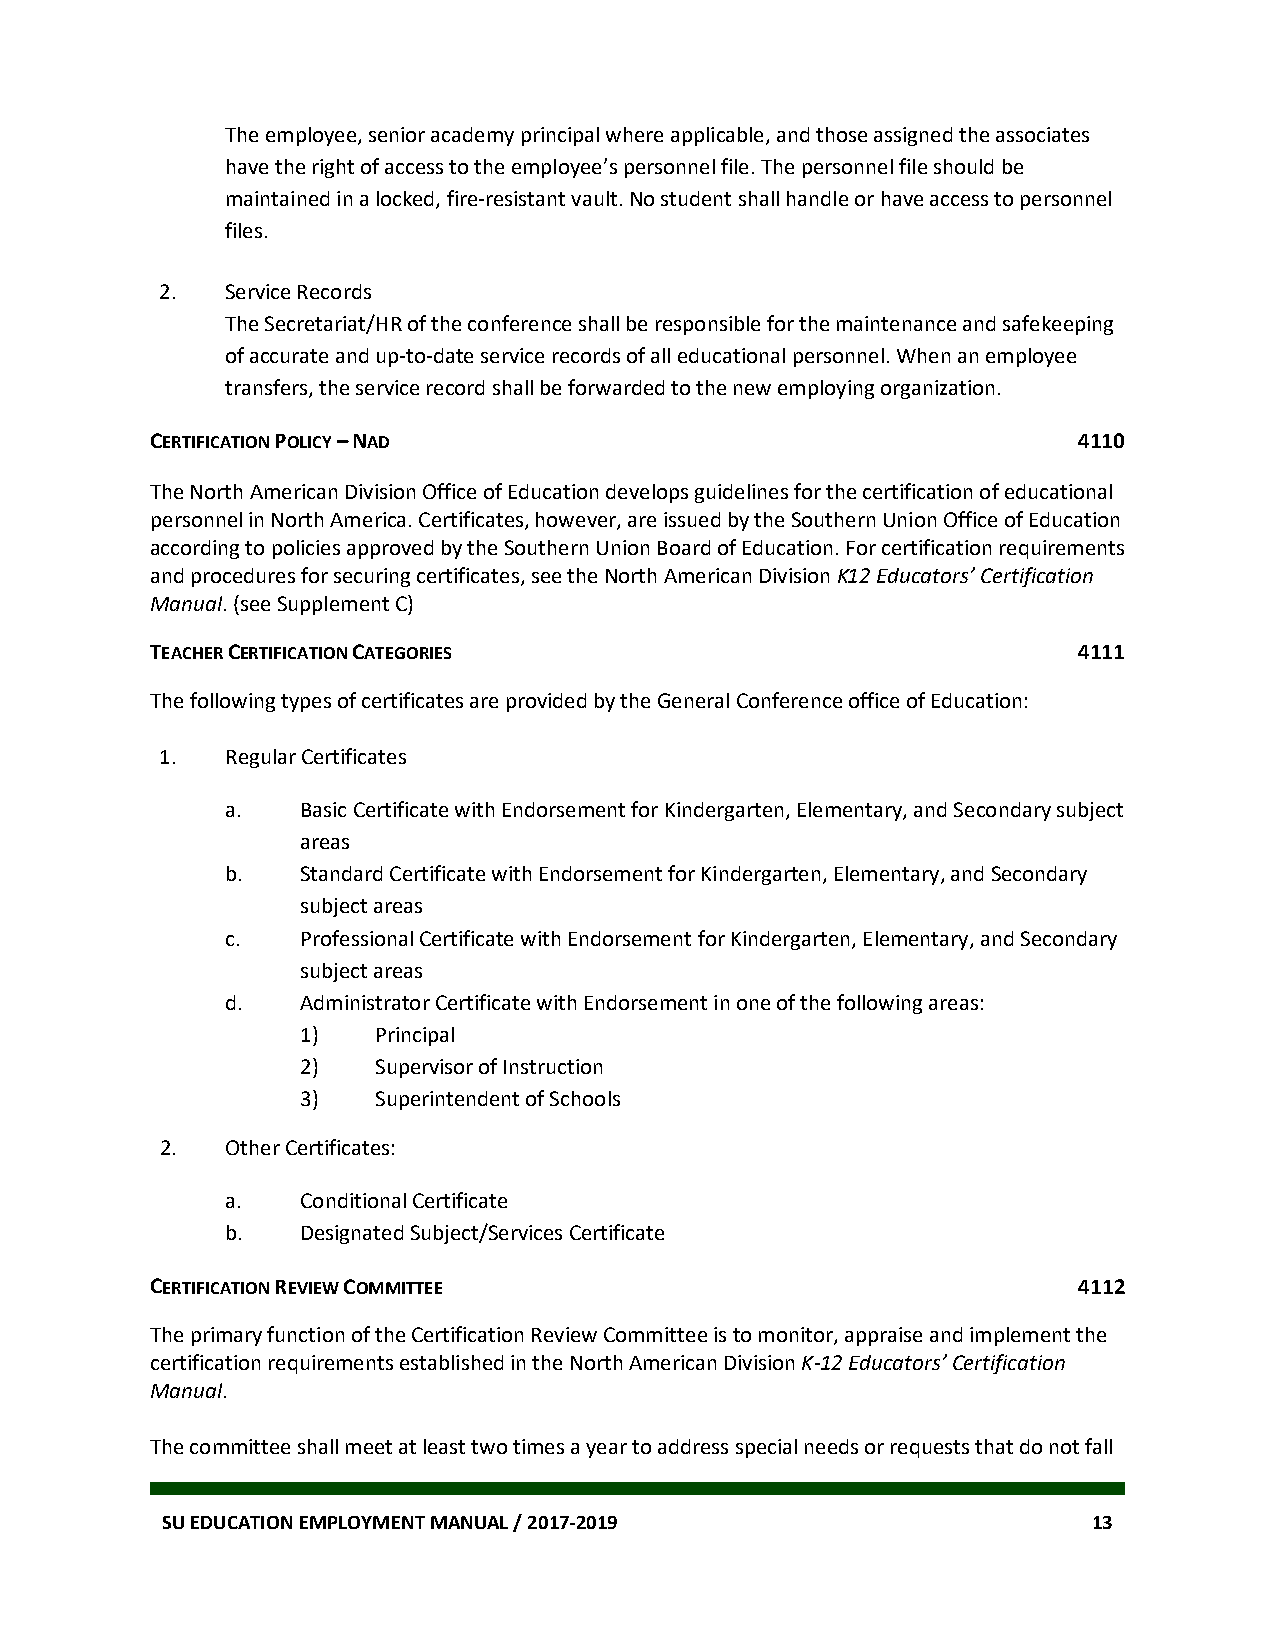
The employee, senior academy principal where applicable, and those assigned the associates
 have the right of access to the employee’s personnel file. The personnel file should be
 maintained in a locked, fire-resistant vault. No student shall handle or have access to personnel
 files.
 2.  Service Records
 The Secretariat/HR of the conference shall be responsible for the maintenance and safekeeping
 of accurate and up-to-date service records of all educational personnel. When an employee
 transfers, the service record shall be forwarded to the new employing organization.
 CERTIFICATION POLICY – NAD                                   4110
 The North American Division Office of Education develops guidelines for the certification of educational
 personnel in North America. Certificates, however, are issued by the Southern Union Office of Education
 according to policies approved by the Southern Union Board of Education. For certification requirements
 and procedures for securing certificates, see the North American Division K12 Educators’ Certification
 Manual. (see Supplement C)
 TEACHER CERTIFICATION CATEGORIES                             4111
 The following types of certificates are provided by the General Conference office of Education:
 1.  Regular Certificates
 a.   Basic Certificate with Endorsement for Kindergarten, Elementary, and Secondary subject
 areas
 b.   Standard Certificate with Endorsement for Kindergarten, Elementary, and Secondary
 subject areas
 c.   Professional Certificate with Endorsement for Kindergarten, Elementary, and Secondary
 subject areas
 d.   Administrator Certificate with Endorsement in one of the following areas:
 1)   Principal
 2)   Supervisor of Instruction
 3)   Superintendent of Schools
 2.  Other Certificates:
 a.   Conditional Certificate
 b.   Designated Subject/Services Certificate
 CERTIFICATION REVIEW COMMITTEE                               4112
 The primary function of the Certification Review Committee is to monitor, appraise and implement the
 certification requirements established in the North American Division K-12 Educators’ Certification
 Manual.
 The committee shall meet at least two times a year to address special needs or requests that do not fall
 SU EDUCATION EMPLOYMENT MANUAL / 2017-2019                   13